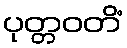
ပုတ္တဝတိံ